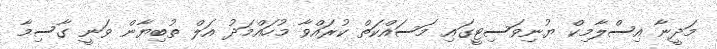
މަދީނާ އިސްލާމިކް ޔުނިވަސިޓީގައި މަސައްކަތް ކުރައްވާ މުހައްމަދު އަލް ތުބިޔާން ވަނީ ގާސިމާ